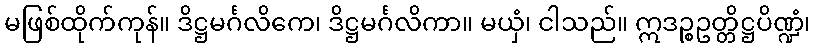
မဖြစ်ထိုက်ကုန်။ ဒိဋ္ဌမင်္ဂလိကေ၊ ဒိဋ္ဌမင်္ဂလိကာ။ မယှံ၊ ငါသည်။ ဣဒဉ္စဥတ္တိဋ္ဌပိဏ္ဍံ၊